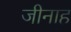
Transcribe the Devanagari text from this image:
जीनाह